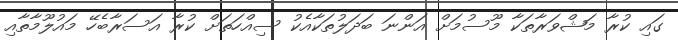
ގައި ކުރާ މަޝްވަރާތަކާ މޫސުމަށް އަންނަ ބަދަލުތަކާއެކު ސިއްހަތަށް ކުރާ އަސަރާބެހޭ މައުލޫމާތާއި